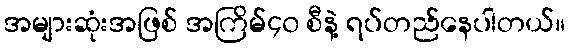
အများဆုံးအဖြစ် အကြိမ်၄၀ စီနဲ့ ရပ်တည်နေပါတယ်။